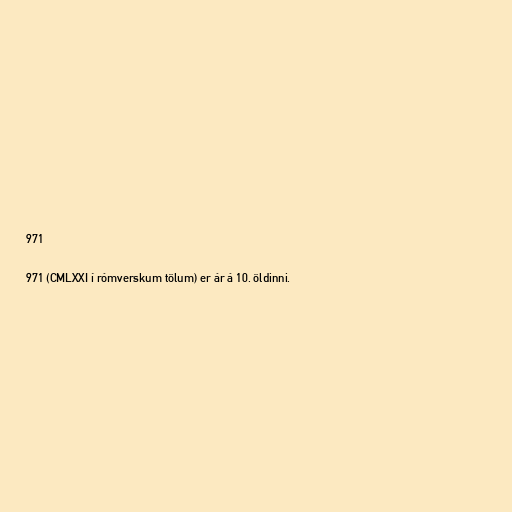
971

971 (CMLXXI í rómverskum tölum) er ár á 10. öldinni.